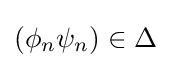
(\phi _{n}\psi _{n})\in \Delta